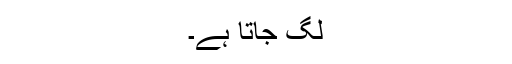
لگ جاتا ہے۔